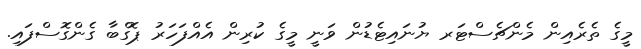
މީގެ ތެރެއިން މެންޗެސްޓަރ ޔުނައިޓެޑުން ވަނީ މީގެ ކުރިން އެއްފަހަރު ޕޮގްބާ ގެންގޮސްފައި.